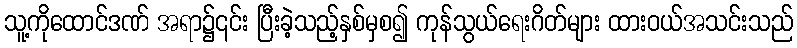
သူ့ကိုထောင်ဒဏ် အရာ၌၎င်း ပြီးခဲ့သည့်နှစ်မှစ၍ ကုန်သွယ်ရေးဂိတ်များ ထားဝယ်အသင်းသည်